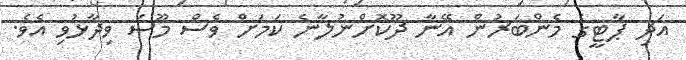
އަދި ޕާޓީގެ މެންބަރުން އޭނާ ދޫކޮށްނުލާނެ ކަމަށް ވެސް މޫސަ ވިދާޅުވި އެވެ.